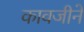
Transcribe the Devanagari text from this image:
कावजीने